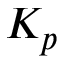
K _ { p }